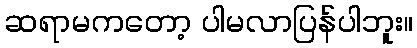
ဆရာမကတော့ ပါမလာပြန်ပါဘူး။